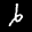
Label: 6